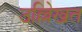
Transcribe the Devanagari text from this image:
उल्लेिखत